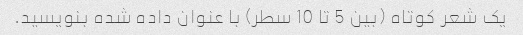
یک شعر کوتاه (بین 5 تا 10 سطر) با عنوان داده شده بنویسید.